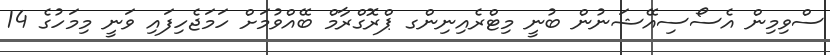
ސްވިމިން އެސޯސިއޭޝަނުން ބުނީ މިޓްރެއިނިންގ ޕްރޮގްރާމް ބޭއްވުމަށް ހަމަޖެހިފައި ވަނީ މިމަހުގެ 14